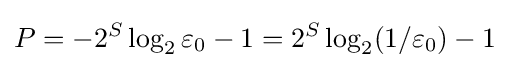
P=-2^{S}\log _{2}\varepsilon _{0}-1=2^{S}\log _{2}(1/\varepsilon _{0})-1